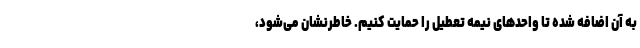
به آن اضافه شده تا واحدهای نیمه تعطیل را حمایت کنیم. خاطرنشان می‌شود،